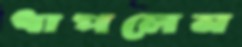
ধাপলেন